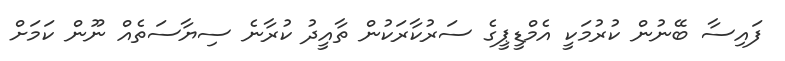
ފައިސާ ބޭނުން ކުރުމަކީ އެމްޑީޕީގެ ސަރުކާރަކުން ތާއީދު ކުރާނެ ސިޔާސަތެއް ނޫން ކަމަށް